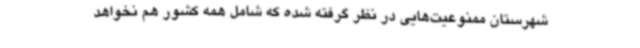
شهرستان ممنوعیت‌هایی در نظر گرفته شده که شامل همه‌ کشور هم نخواهد